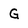
Character: G